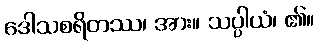
ဒေါသစရိတဿ၊ အား။ သပ္ပါယံ၊ ၏။